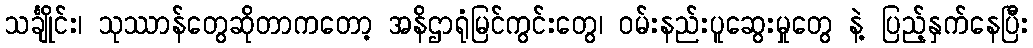
သင်္ချိုင်း၊ သုဿာန်တွေဆိုတာကတော့ အနိဌာရုံမြင်ကွင်းတွေ၊ ဝမ်းနည်းပူဆွေးမှုတွေ နဲ့ ပြည့်နှက်နေပြီး